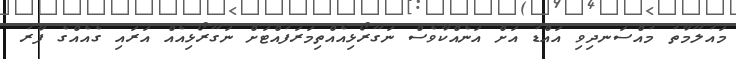
މައުލޫމާތު މުއްސަނދިވި އައްޑު އަށް އަނެއްކާވެސް ނަގޫރޯޅިއެއްތިމަރަފުއްޓަށް ނަގޫރޯޅިއެއް އަރައި ގެއެއްގެ ފާރު